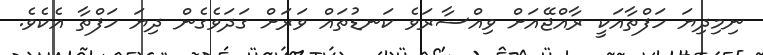
ނިމިދިޔަ ހަފްތާއަކީ ރާއްޖޭއަށް ވިއްސާރަވެ ކަނޑުތައް ވަރަށް ގަދަވެގެން ދިޔަ ހަފްތާ އެކެވެ.